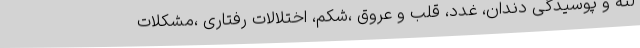
لثه و پوسیدگی دندان، غدد، قلب و عروق ،شکم، اختلالات رفتاری ،مشکلات